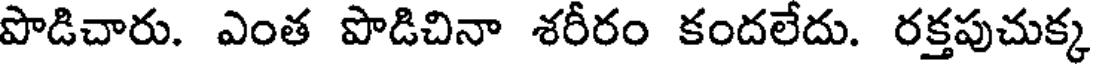
పొడిచారు. ఎంత పొడిచినా శరీరం కందలేదు. రక్తపుచుక్క